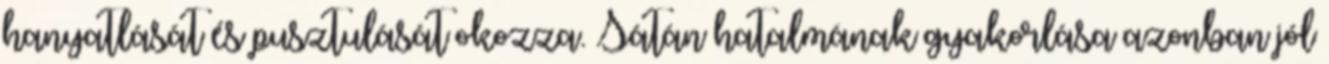
hanyatlását és pusztulását okozza. Sátán hatalmának gyakorlása azonban jól